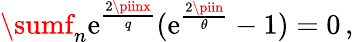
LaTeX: \sumf_{n}\mathrm{e}^{\frac{{2\piinx}}{{q}}}(\mathrm{e}^{\frac{{2\piin}}{{\theta}}}-1)=0\, ,